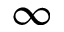
\infty